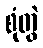
စုံတွဲ